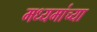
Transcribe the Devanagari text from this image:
मध्यमांच्या